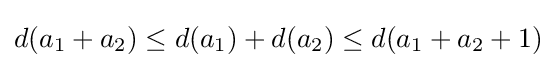
d(a_{1}+a_{2})\leq d(a_{1})+d(a_{2})\leq d(a_{1}+a_{2}+1)